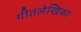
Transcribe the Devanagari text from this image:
गीतलेखिका